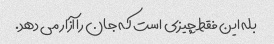
بله این فقط چیزی است که جان را آزار می دهد.